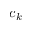
c _ { k }